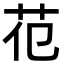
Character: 𦬳